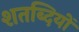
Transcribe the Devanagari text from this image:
शतब्दियों